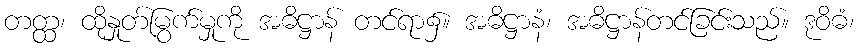
တတ္ထ၊ ထိုနှုတ်မြွက်မှုကို အဓိဋ္ဌာန် တင်ရာ၌။ အဓိဋ္ဌာနံ၊ အဓိဋ္ဌာန်တင်ခြင်းသည်။ ဒုဝိဓံ၊